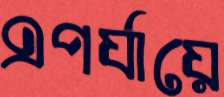
এপর্যায়ে